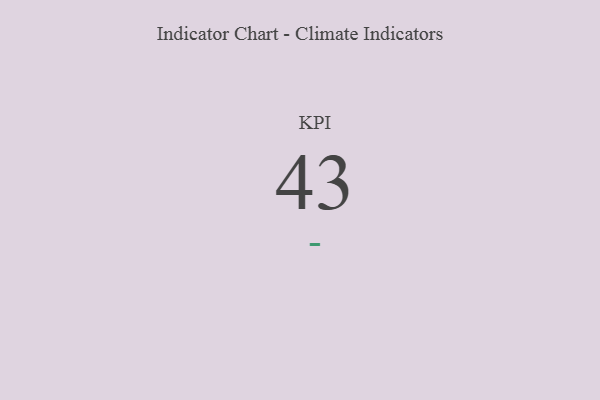
{"axis": {"x": "KPI", "y": "Value"}, "legend": [""], "data": [{"x": "KPI", "y": 43, "type": ""}]}